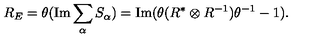
R _ { E } = \theta ( \mathrm { I m } \sum _ { \alpha } S _ { \alpha } ) = \mathrm { I m } ( \theta ( R ^ { * } \otimes R ^ { - 1 } ) \theta ^ { - 1 } - 1 ) .